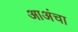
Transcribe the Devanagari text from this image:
आअंचा